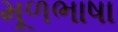
મૂળભાષા